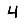
Digit: 4